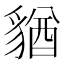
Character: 𧳫